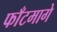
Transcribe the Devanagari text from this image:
फाँटमागे